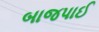
બાજપાઈ